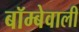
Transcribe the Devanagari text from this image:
बॉम्बेवाली